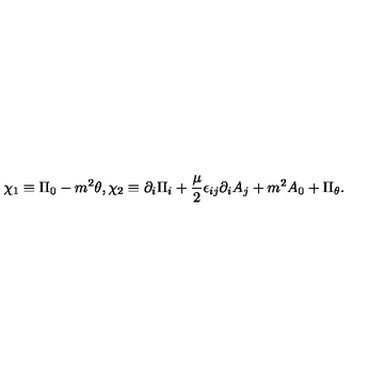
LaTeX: \chi _ { 1 } \equiv \Pi _ { 0 } - m ^ { 2 } \theta , \chi _ { 2 } \equiv \partial _ { i } \Pi _ { i } + { \frac { \mu } { 2 } } \epsilon _ { i j } \partial _ { i } A _ { j } + m ^ { 2 } A _ { 0 } + \Pi _ { \theta } .